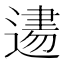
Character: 𨕨